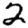
Digit: 2